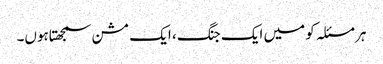
ہر مسئلہ کو میں ایک جنگ ، ایک مشن سمجھتاہوں۔